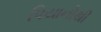
પિયાનોથી